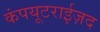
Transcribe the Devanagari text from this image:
कंपयूटराईज़द